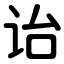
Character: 诒